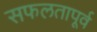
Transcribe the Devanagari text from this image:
सफलतापूर्व